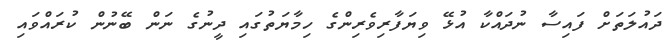
ދައުލަތަށް ފައިސާ ނުދައްކާ އުޅޭ ވިޔަފާރިވެރިންގެ ހިމާޔަތުގައި ދީނުގެ ނަން ބޭނުން ކުރައްވައި